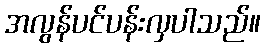
အလွန်ပင်ပန်းလှပါသည်။